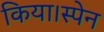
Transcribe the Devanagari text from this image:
किया।स्पेन